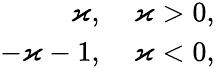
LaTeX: \begin{array}{rl}{\varkappa,}&{{}\: \varkappa>0,}\\ {-\varkappa-1,}&{{}\: \varkappa<0,}\end{array}